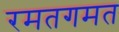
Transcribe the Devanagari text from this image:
रमतगमत